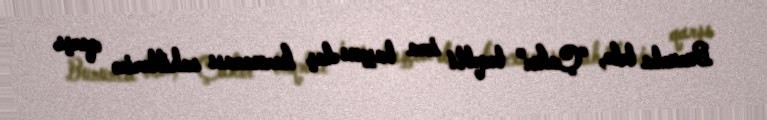
Bununla belə, “Çakır” ləqəbli icra başçısı daş karxanası sahiblərinə qarşı